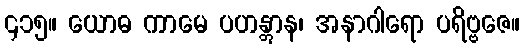
၄၁၅။ ယောဓ ကာမေ ပဟန္တွာန၊ အနာဂါရော ပရိဗ္ဗဇေ။